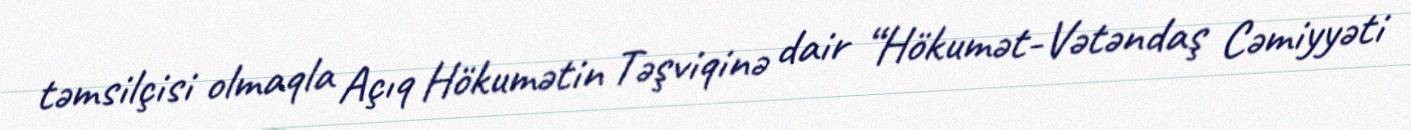
təmsilçisi olmaqla Açıq Hökumətin Təşviqinə dair “Hökumət-Vətəndaş Cəmiyyəti